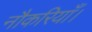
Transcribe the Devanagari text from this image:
नौकरियाँ।